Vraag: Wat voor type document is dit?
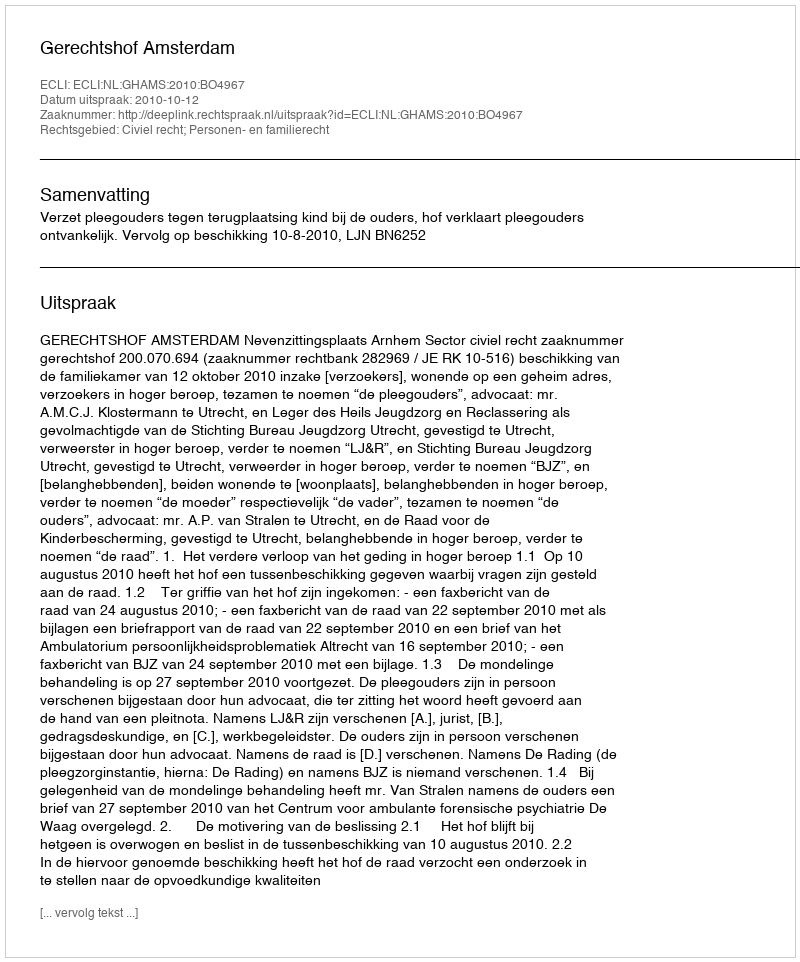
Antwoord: Uitspraak